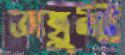
তাম্বুলী